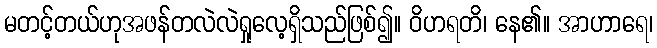
မတင့်တယ်ဟုအဖန်တလဲလဲရှုလေ့ရှိသည်ဖြစ်၍။ ဝိဟရတိ၊ နေ၏။ အာဟာရေ၊